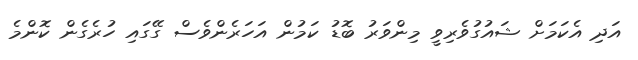
އަދި އެކަމަށް ޝައުގުވެރިވީ މިންވަރު ބޮޑު ކަމުން އަހަރެންވެސް ގޭގައި ހުރެގެން ކޮންމެ